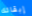
إبقائك